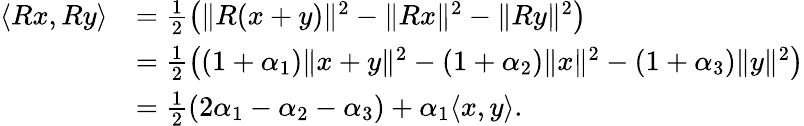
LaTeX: \begin{array}{rl}{\langle Rx,Ry\rangle}&{=\frac{1}{2}\big(\| R(x+y)\| ^{2}-\| Rx\| ^{2}-\| Ry\| ^{2}\big)}\\ &{=\frac{1}{2}\big((1+\alpha_{1})\| x+y\| ^{2}-(1+\alpha_{2})\| x\| ^{2}-(1+\alpha_{3})\| y\| ^{2}\big)}\\ &{=\frac{1}{2}(2\alpha_{1}-\alpha_{2}-\alpha_{3})+\alpha_{1}\langle x,y\rangle.}\end{array}